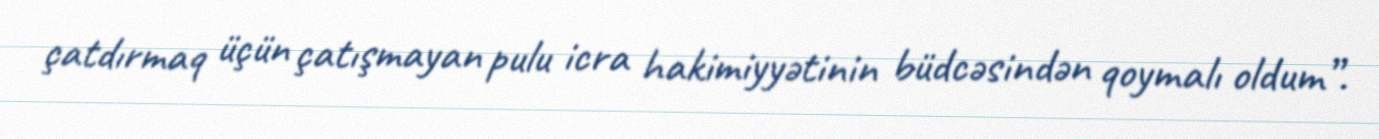
çatdırmaq üçün çatışmayan pulu icra hakimiyyətinin büdcəsindən qoymalı oldum”.